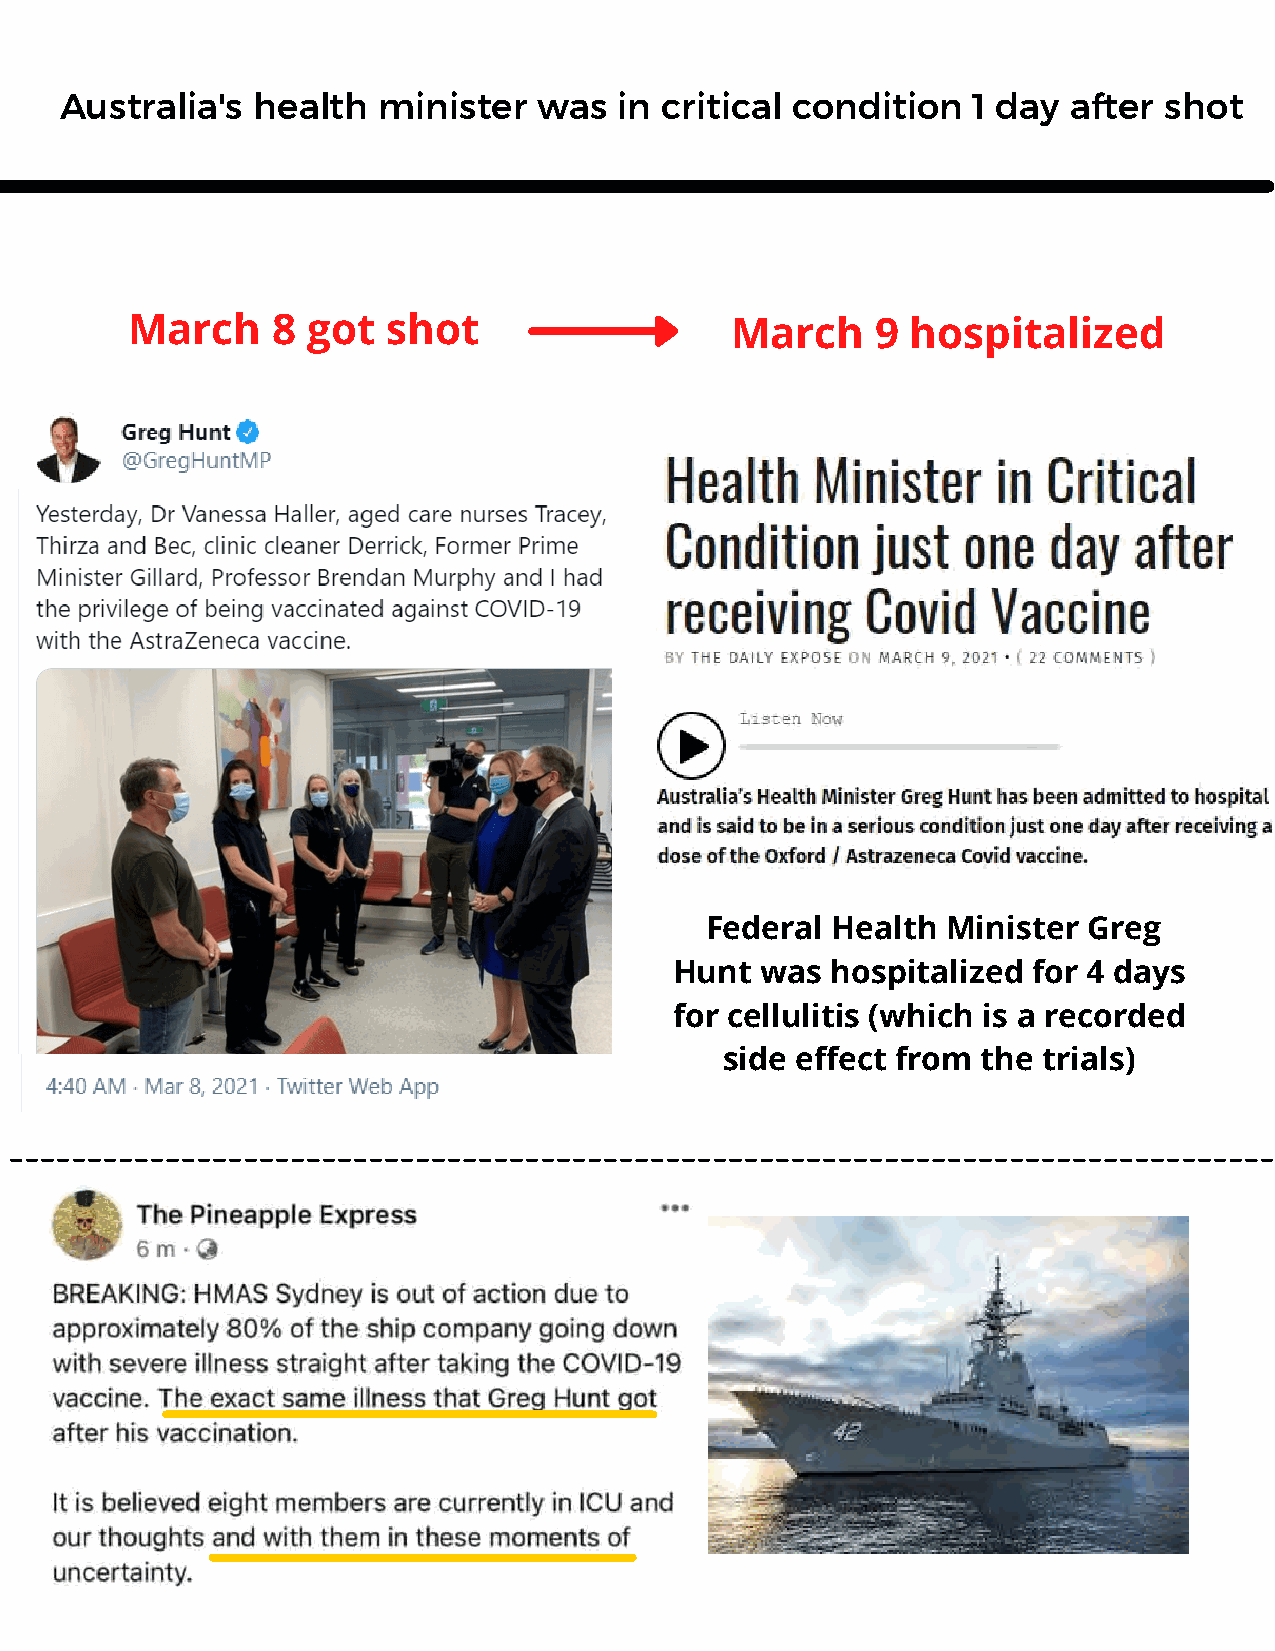
Australia's  health  minister   was  in critical condition  1 day  after shot
 March     8 got   shot                  March     9 hospitalized
 Federal Health  Minister Greg
 Hunt was  hospitalized for 4 days
 for cellulitis (which is a recorded
 side effect from the trials)